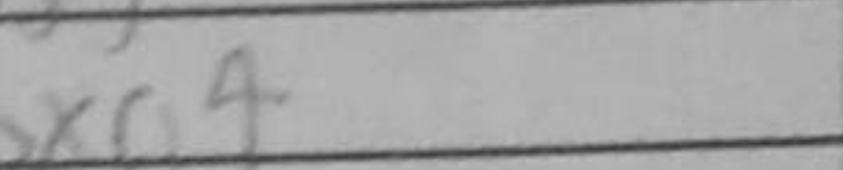
Transcription: bxa4